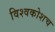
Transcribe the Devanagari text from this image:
विश्वकोशच